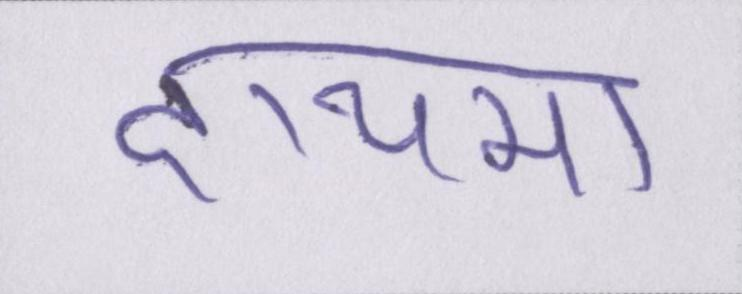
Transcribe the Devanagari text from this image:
दायमा